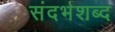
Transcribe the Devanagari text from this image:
संदर्भशब्द